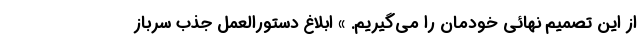
از این تصمیم نهائی خودمان را می‌گیریم. » ابلاغ دستورالعمل جذب سرباز